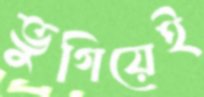
ভুগিয়েই